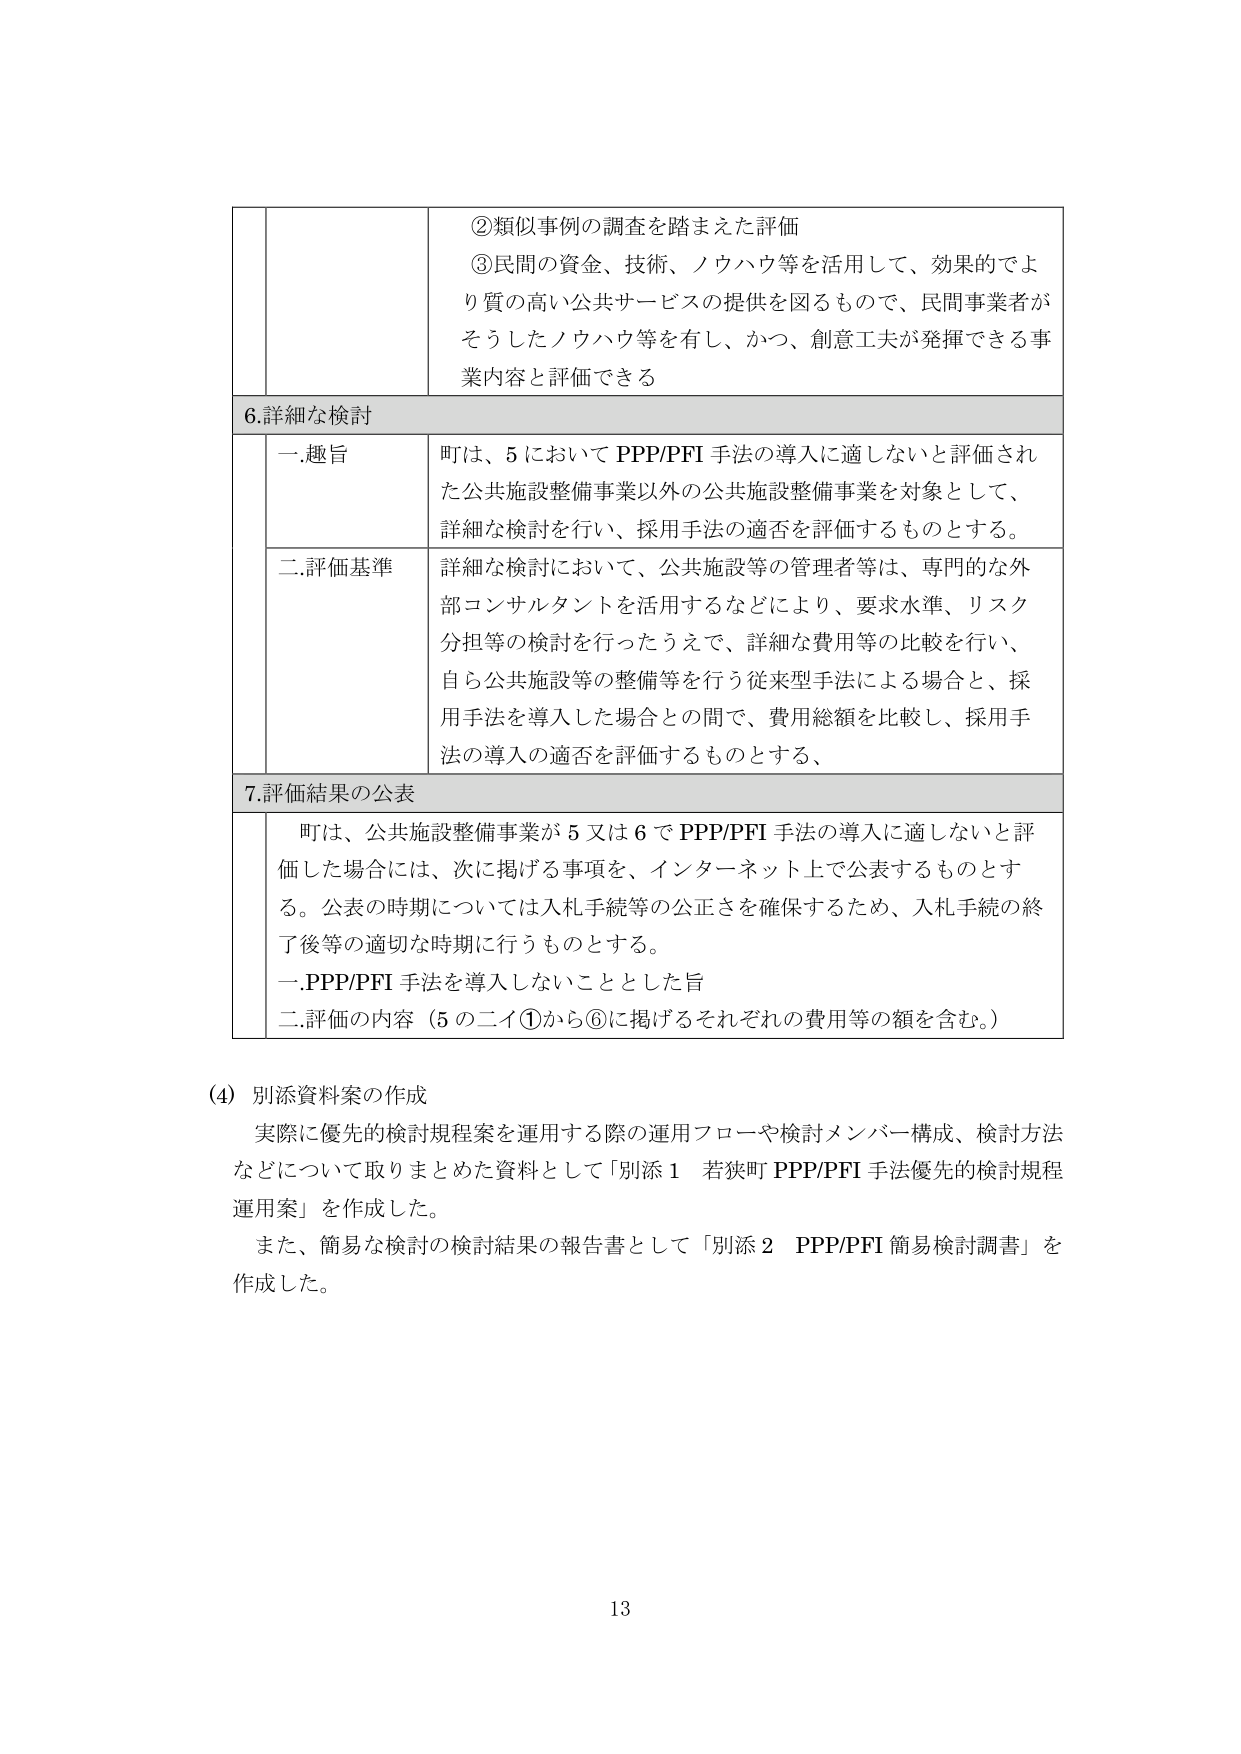
②類似事例の調査を踏まえた評価
③民間の資金、技術、ノウハウ等を活用して、効果的でより質の高い公共サービスの提供を図るもので、民間事業者がそうしたノウハウ等を有し、かつ、創意工夫が発揮できる事業内容と評価できる

6. 詳細な検討
一. 趣旨
町は、5 において PPP/PFI 手法の導入に適しないと評価された公共施設整備事業以外の公共施設整備事業を対象として、詳細な検討を行い、採用手法の適否を評価するものとする。
二. 評価基準
詳細な検討において、公共施設等の管理者等は、専門的な外部コンサルタントを活用するなどにより、要求水準、リスク分担等の検討を行ったうえで、詳細な費用等の比較を行い、自ら公共施設等の整備等を行う従来型手法による場合と、採用手法を導入した場合との間で、費用総額を比較し、採用手法の導入の適否を評価するものとする、

7. 評価結果の公表
町は、公共施設整備事業が 5 又は 6 で PPP/PFI 手法の導入に適しないと評価した場合には、次に掲げる事項を、インターネット上で公表するものとする。公表の時期については入札手続等の公正さを確保するため、入札手続の終了後等の適切な時期に行うものとする。
一. PPP/PFI 手法を導入しないこととした旨
二. 評価の内容（5 の二イ①から⑥に掲げるそれぞれの費用等の額を含む。）

(4) 別添資料案の作成
実際に優先的検討規程案を運用する際の運用フローや検討メンバー構成、検討方法などについて取りまとめた資料として「別添1 若狭町 PPP/PFI 手法優先的検討規程運用案」を作成した。
また、簡易な検討の検討結果の報告書として「別添2 PPP/PFI 簡易検討調書」を作成した。

13